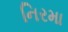
નિરમા